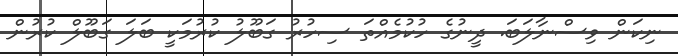
ނިކަން ވިސްނާލަބަ. ދީނުގެ ހުކުމެއްތަ ސިހުރު ގަބޫލު ކުރުމަކީ ބަލަ ގަބޫލް ކުރުން